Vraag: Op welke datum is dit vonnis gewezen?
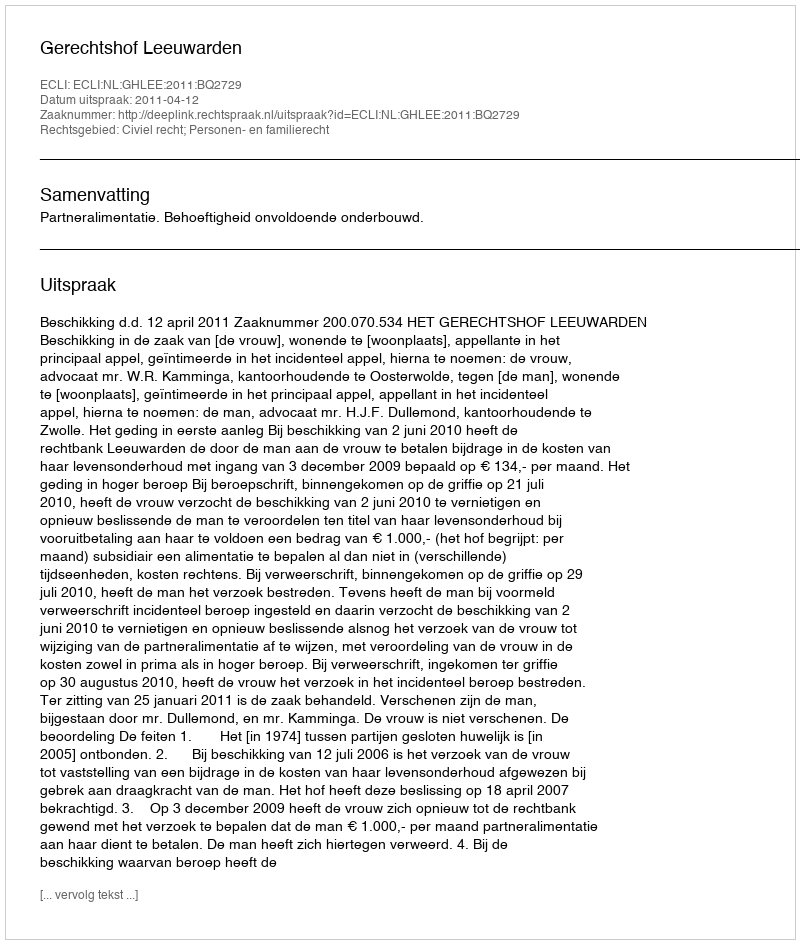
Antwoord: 2011-04-12